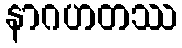
နာဂဟတဿ